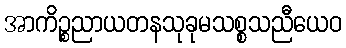
အာကိဉ္စညာယတနသုခုမသစ္စသညီယေဝ